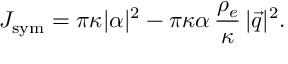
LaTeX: J _ { \mathrm { s y m } } = \pi \kappa | \alpha | ^ { 2 } - \pi \kappa \alpha \, \frac { \rho _ { e } } { \kappa } \, | \vec { q } | ^ { 2 } .